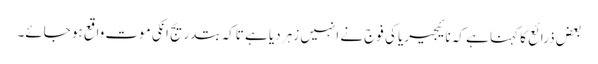
بعض ذرائع کا کہنا ہے کہ نائیجیریا کی فوج نے انہیں زہر دیا ہے تاکہ بتدریج انکی موت واقع ہو جائے۔